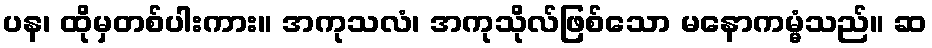
ပန၊ ထိုမှတစ်ပါးကား။ အကုသလံ၊ အကုသိုလ်ဖြစ်သော မနောကမ္မံသည်။ ဆ